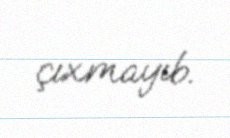
çıxmayıb.